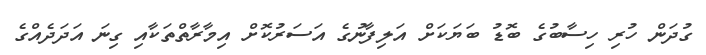
ގުދަން ހުރި ހިސާބުގެ ބޮޑު ބަޔަކަށް އަލިފާނުގެ އަސަރުކޮށް އިމާރާތްތަކާއި ގިނަ އަދަދެއްގެ